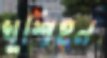
খুশিহন